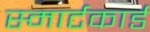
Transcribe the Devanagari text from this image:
स्मार्टकार्ड